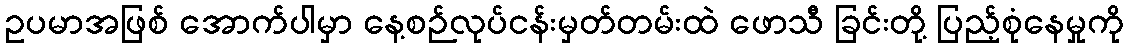
ဥပမာအဖြစ် အောက်ပါမှာ နေ့စဉ်လုပ်ငန်းမှတ်တမ်းထဲ ဖောသီ ခြင်းတို့ ပြည့်စုံနေမှုကို